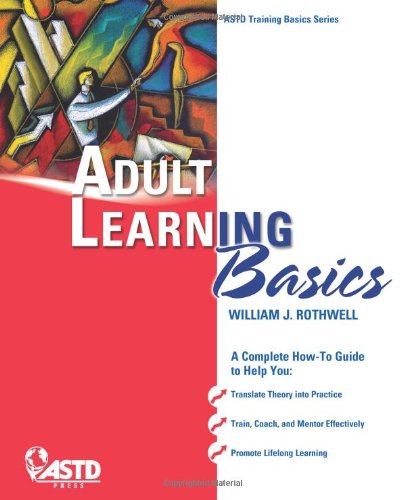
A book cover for Adult Learning Basics (Astd Training Basics); William J. Rothwell; Education & Teaching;